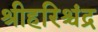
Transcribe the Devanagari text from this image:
श्रीहरिश्चंद्र